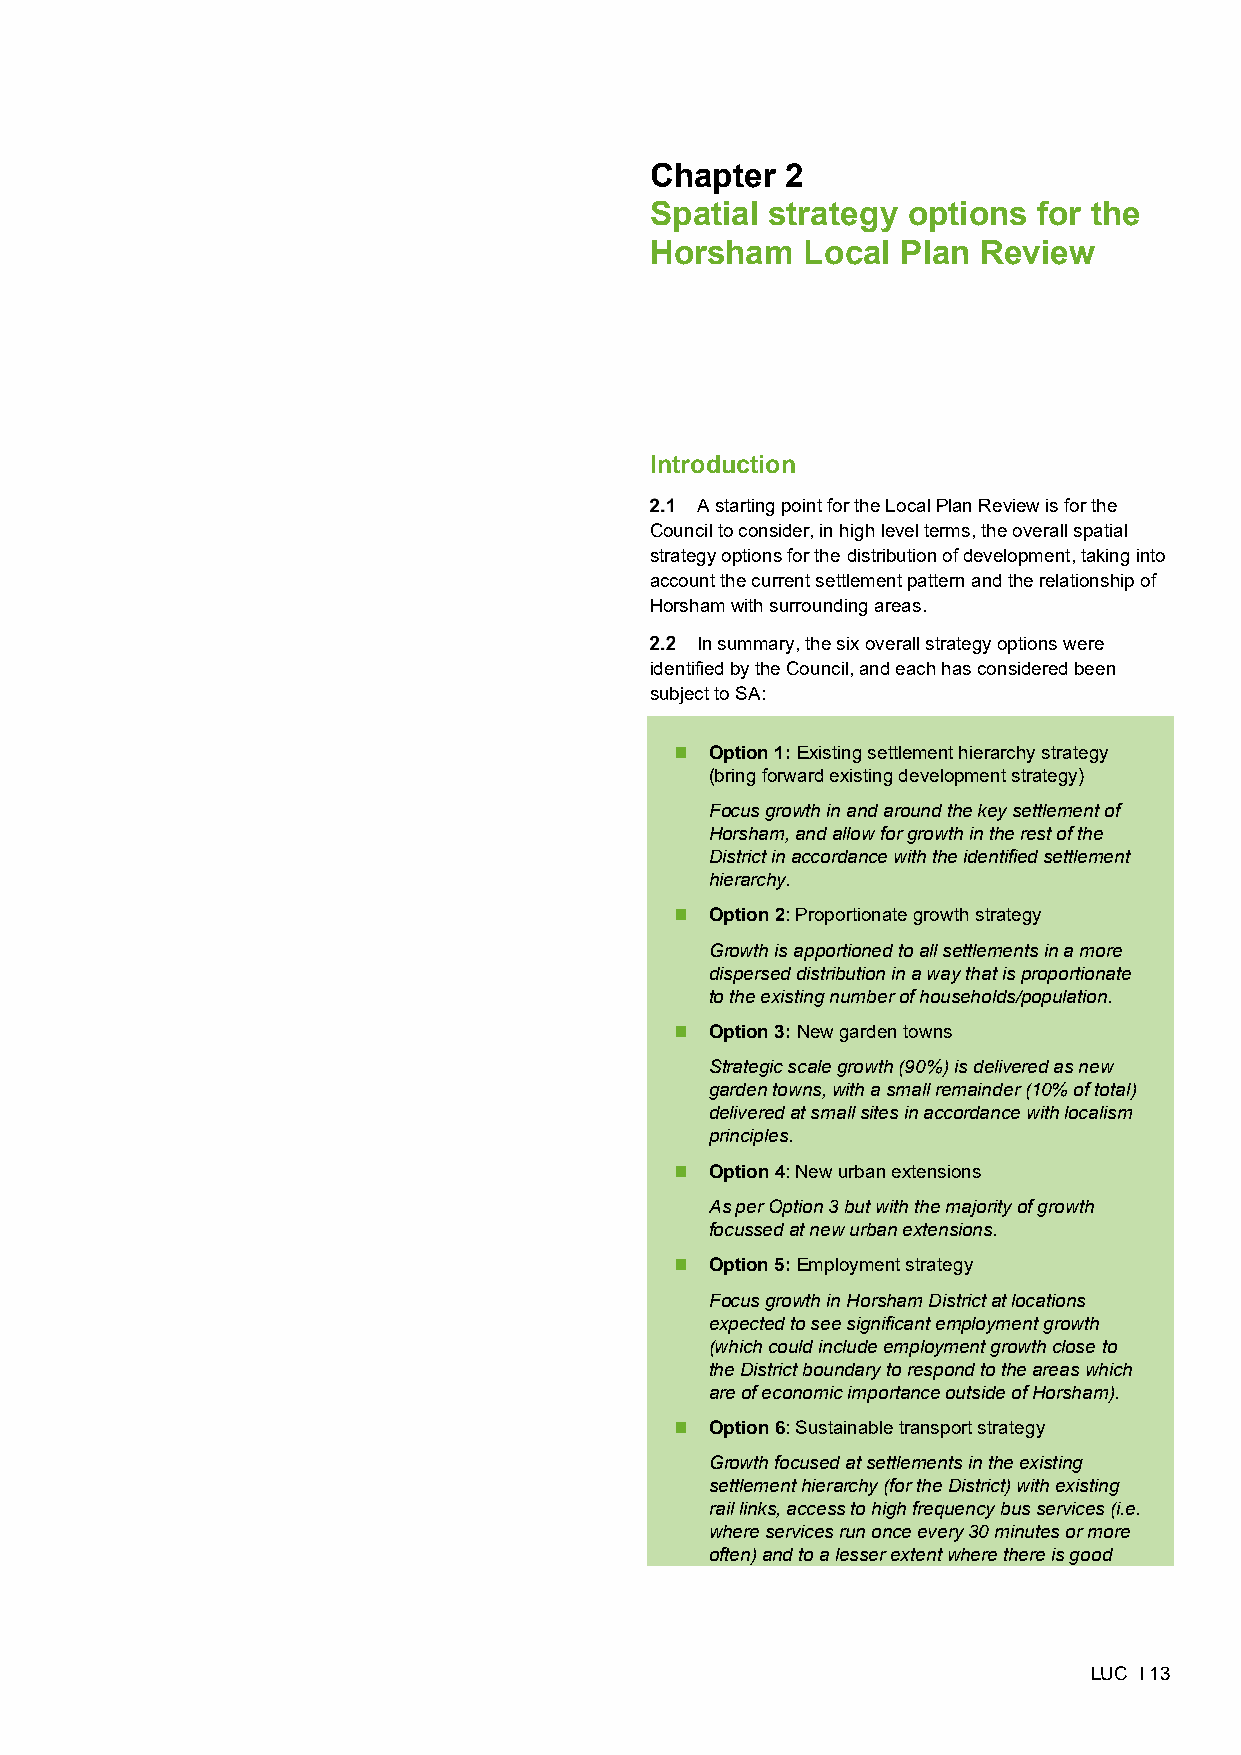
-
 Chapter 2
 Spatial strategy options for the Horsham Local Plan Review
 SA of Growth Options
 February 2020
 Chapter  2
 Spatial strategy options  for the
 Horsham   Local  Plan Review
 Introduction
 A starting point for the Local Plan Review is for the
 Council to consider, in high level terms, the overall spatial
 strategy options for the distribution of development, taking into
 account the current settlement pattern and the relationship of
 Horsham with surrounding areas.
 In summary, the six overall strategy options were
 identified by the Council, and each has considered been
 subject to SA:
  Option 1: Existing settlement hierarchy strategy
 (bring forward existing development strategy)
 Focus growth in and around the key settlement of
 Horsham, and allow for growth in the rest of the
 District in accordance with the identified settlement
 hierarchy.
  Option 2: Proportionate growth strategy
 Growth is apportioned to all settlements in a more
 dispersed distribution in a way that is proportionate
 to the existing number of households/population.
  Option 3: New garden towns
 Strategic scale growth (90%) is delivered as new
 garden towns, with a small remainder (10% of total)
 delivered at small sites in accordance with localism
 principles.
  Option 4: New urban extensions
 As per Option 3 but with the majority of growth
 focussed at new urban extensions.
  Option 5: Employment strategy
 Focus growth in Horsham District at locations
 expected to see significant employment growth
 (which could include employment growth close to
 the District boundary to respond to the areas which
 are of economic importance outside of Horsham).
  Option 6: Sustainable transport strategy
 Growth focused at settlements in the existing
 settlement hierarchy (for the District) with existing
 rail links, access to high frequency bus services (i.e.
 where services run once every 30 minutes or more
 often) and to a lesser extent where there is good
 LUC I 13